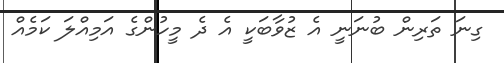
ގިނަ ތަރިން ބުނަނީ އެ ޒުވާބަކީ އެ ދެ މީހުންގެ އަމިއްލަ ކަމެއް